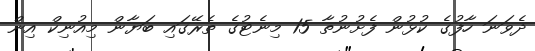
ދެވަނަ ހާފުގެ ކުޅުން ފެށުނުތާ 15 މިނެޓުގެ ތެރޭގައި ބަޔާން މިއުނިކް އިން